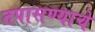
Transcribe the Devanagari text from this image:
तपासण्याचे